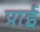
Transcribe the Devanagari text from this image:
प्राई